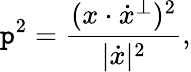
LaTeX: \mathtt{p}^{2}={\frac{{(x\cdot{\dot{{x}}}^{\perp})^{2}}}{{|{\dot{{x}}}|^{2}}}},